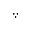
\because